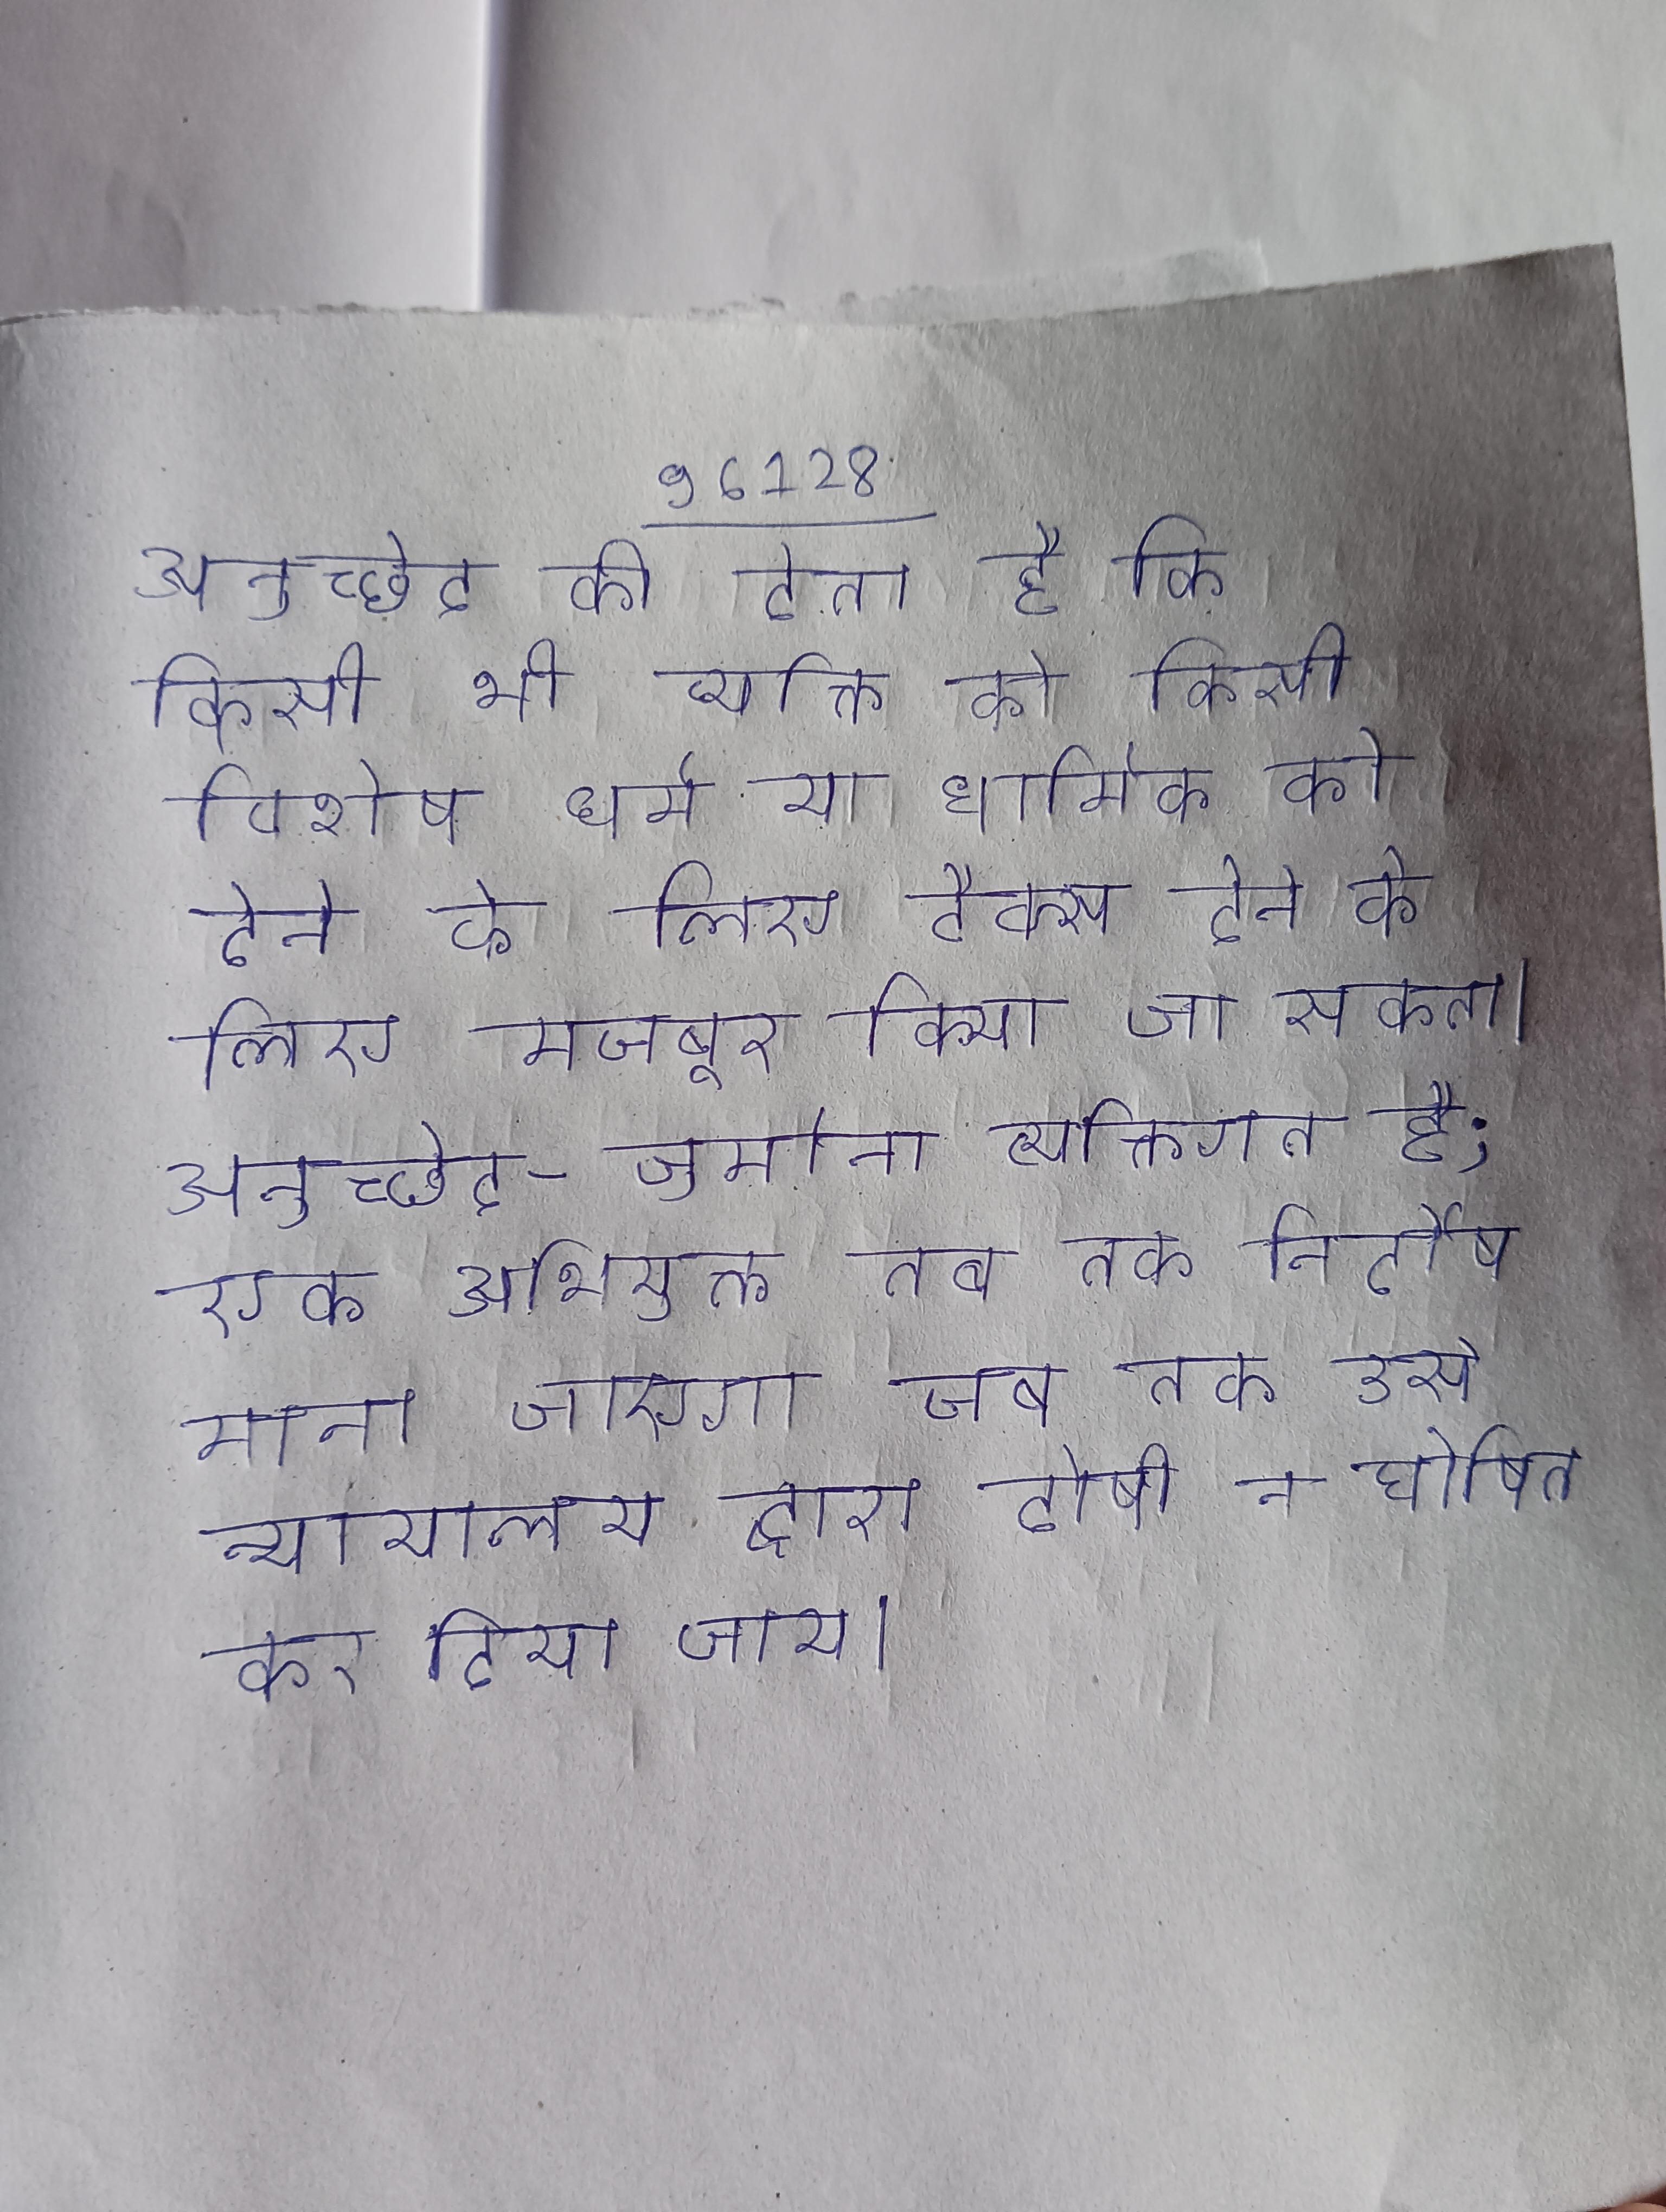
अनुच्छेद की देता है कि किसी भी व्यक्ति को किसी विशेष धर्म या धार्मिक को देने के लिए टैक्स देने के लिए मजबूर किया जा सकता । अनुच्छेद - जुर्माना व्यक्तिगत है; एक अभियुक्त तब तक निर्दोष माना जाएगा जब तक उसे न्यायालय द्वारा दोषी न घोषित कर दिया जाय ।